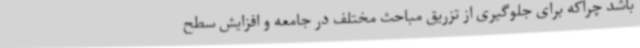
باشد چراکه برای جلوگیری از تزریق مباحث مختلف در جامعه و افزایش سطح